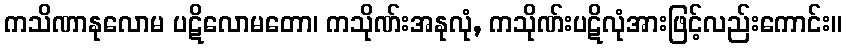
ကသိဏာနုလောမ ပဋိလောမတော၊ ကသိုဏ်းအနုလုံ, ကသိုဏ်းပဋိလုံအားဖြင့်လည်းကောင်း။